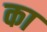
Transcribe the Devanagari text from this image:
का